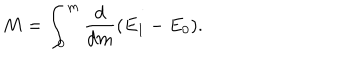
LaTeX: M = \int _ { 0 } ^ { m } { \frac { d } { d m } } ( E _ { 1 } - E _ { 0 } ) .